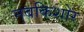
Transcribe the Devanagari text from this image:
नबकिशोर